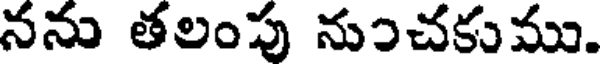
నను తలంపు నుంచకుము.